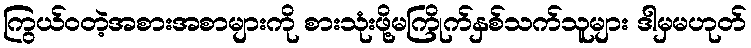
ကြွယ်ဝတဲ့အစားအစာများကို စားသုံးဖို့မကြိုက်နှစ်သက်သူများ ဒါမှမဟုတ်